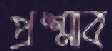
প্রশ্রাব